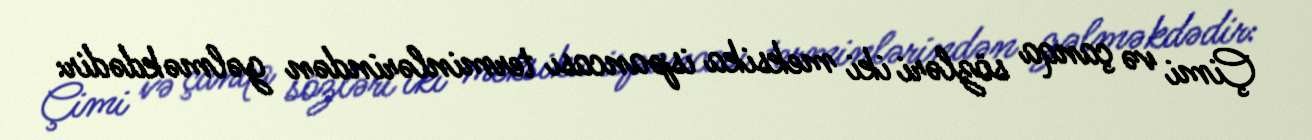
Çimi və çanqa sözləri iki meksika ispancası terminlərindən gəlməkdədir: